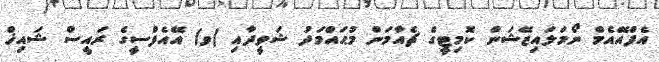
އެފްއޭއެމް ނޯމަލައިޒޭޝަން ކޮމިޓީގެ ޗެއާމަން މުޙައްމަދު ޝަވީދާއި (ވ) އޭއެފްސީގެ ރައީސް ޝައިޚް